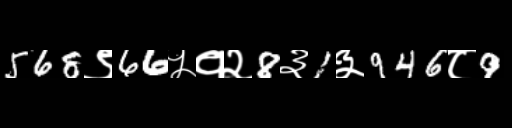
Text: 568९66५१२8३1३946८9